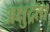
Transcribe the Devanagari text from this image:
अक्षुद्रता